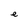
Character: e